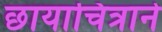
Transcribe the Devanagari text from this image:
छायाचित्राने